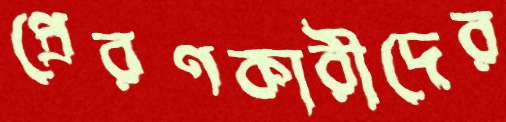
প্রেরণকারীদের